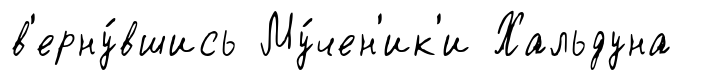
в'ерну́вшись Му́чен'ик'и Хальдуна